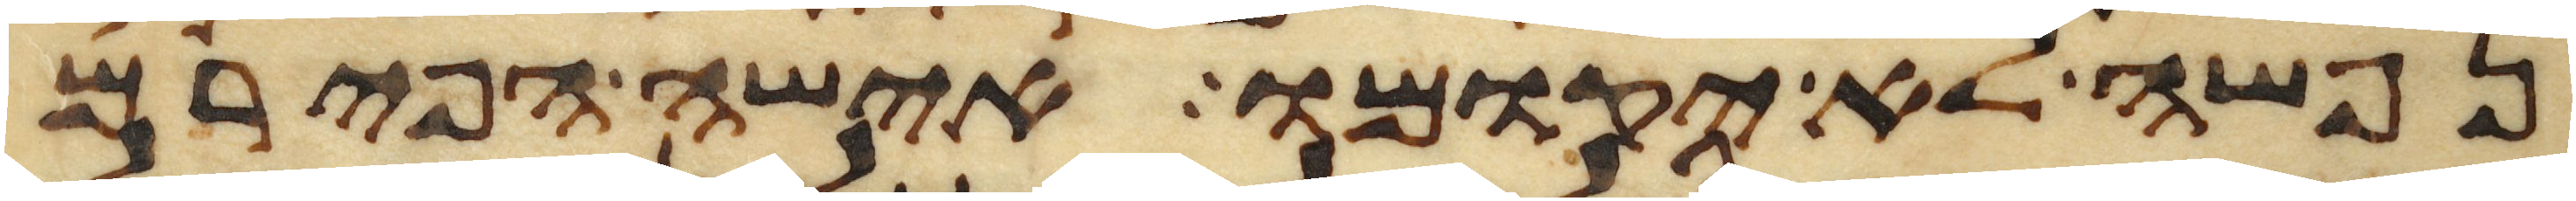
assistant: נפשה לא יקומו אישה הפירם